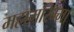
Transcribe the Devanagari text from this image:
महामरिम्मा